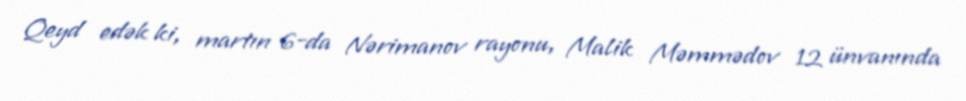
Qeyd edək ki, martın 6-da Nərimanov rayonu, Malik Məmmədov 12 ünvanında